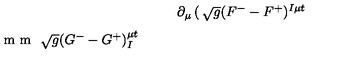
\partial _ { \mu } \left( \begin{matrix} { \sqrt { g } ( F ^ { - } - F ^ { + } ) ^ { I \mu t } } \\ { \noalign { \vskip 2 m m } \sqrt { g } ( G ^ { - } - G ^ { + } ) _ { I } ^ { \mu t } } \\ \end{matrix} \right) = 4 i \pi \sum _ { A } \delta ( \vec { x } - \vec { x } _ { A } ) \left( \begin{matrix} { p _ { A } ^ { I } } \\ { \noalign { \vskip 2 m m } q _ { A I } } \\ \end{matrix} \right) .